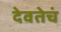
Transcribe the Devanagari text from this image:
देवतेचं